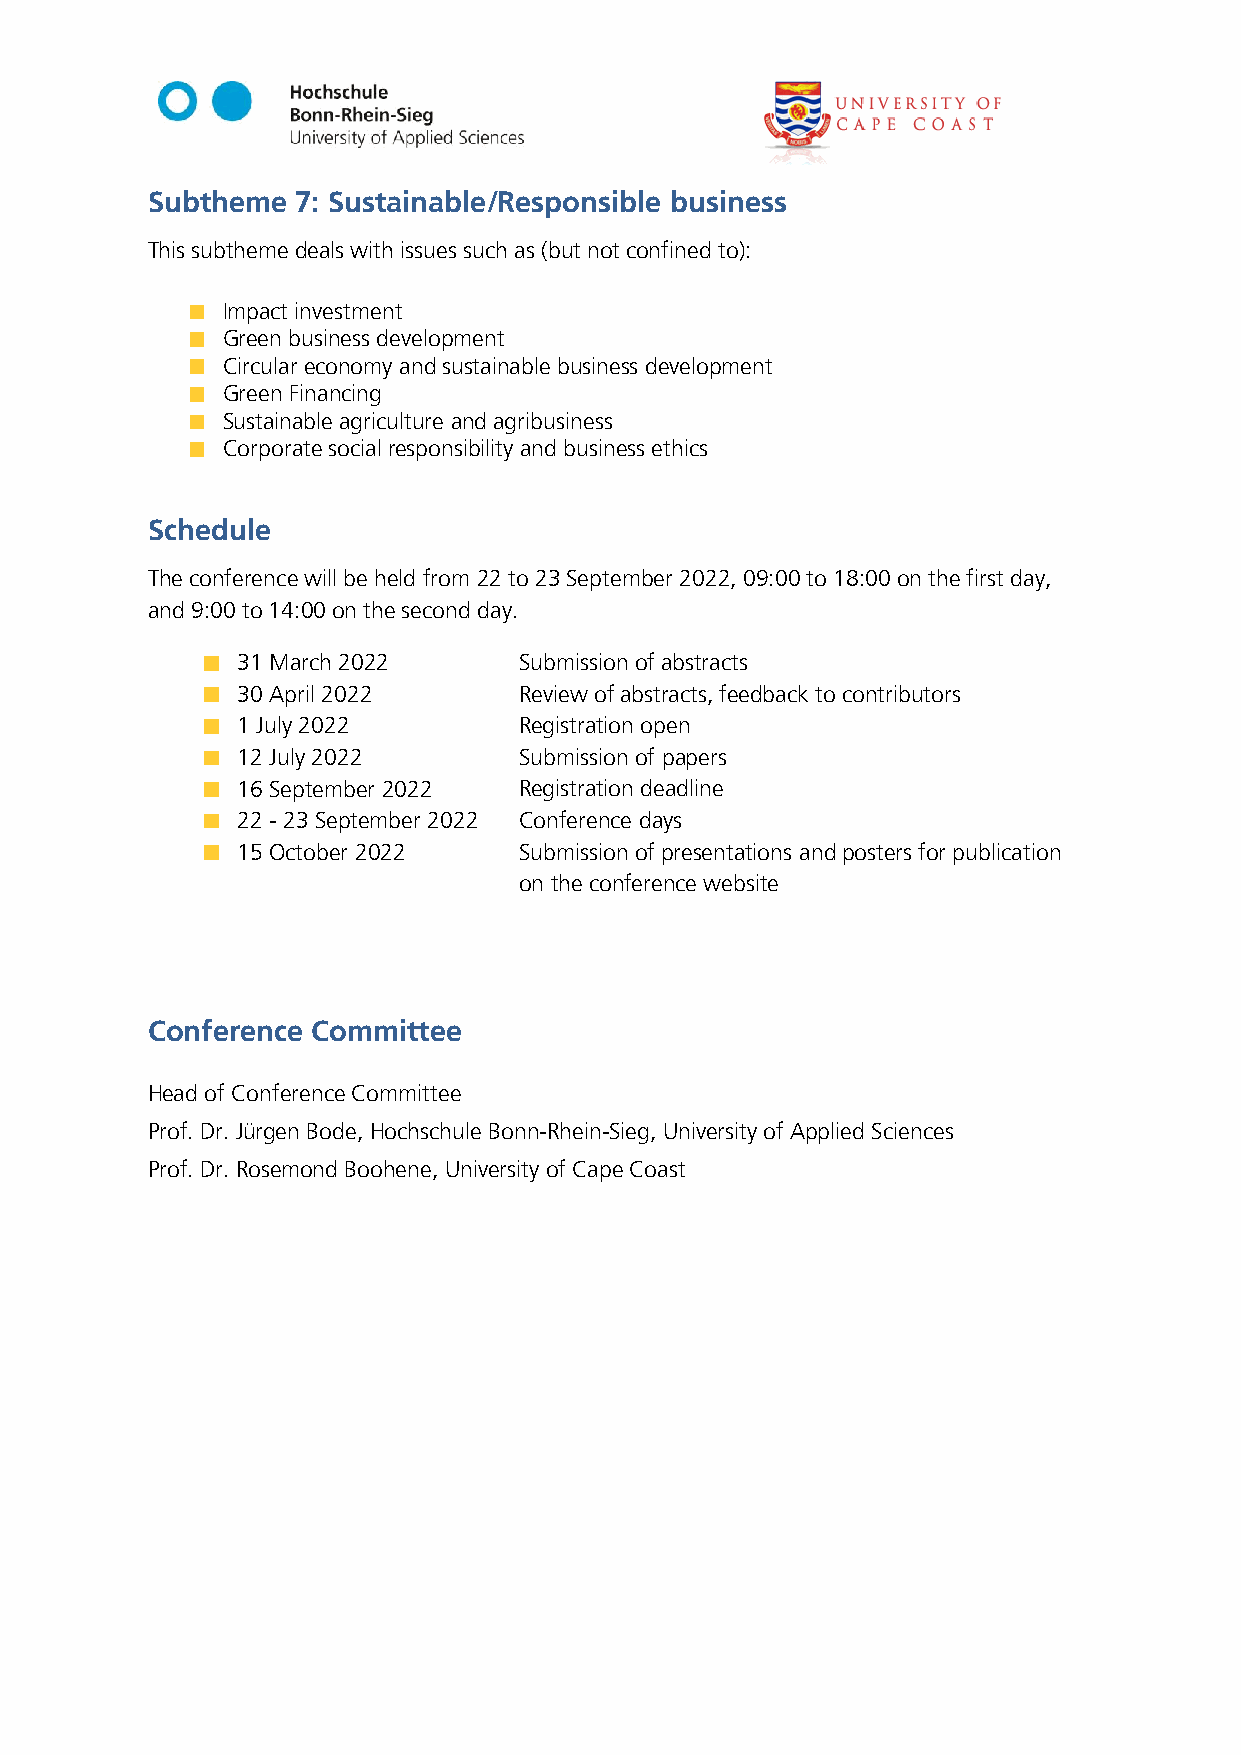
Subtheme  7: Sustainable/Responsible business
 This subtheme deals with issues such as (but not confined to):
 Impact investment
 Green business development
 Circular economy and sustainable business development
 Green Financing
 Sustainable agriculture and agribusiness
 Corporate social responsibility and business ethics
 Schedule
 The conference will be held from 22 to 23 September 2022, 09:00 to 18:00 on the first day,
 and 9:00 to 14:00 on the second day.
 31 March 2022     Submission of abstracts
 30 April 2022     Review of abstracts, feedback to contributors
 1 July 2022       Registration open
 12 July 2022      Submission of papers
 16 September 2022 Registration deadline
 22 - 23 September 2022 Conference days
 15 October 2022   Submission of presentations and posters for publication
 on the conference website
 Conference Committee
 Head of Conference Committee
 Prof. Dr. Jürgen Bode, Hochschule Bonn-Rhein-Sieg, University of Applied Sciences
 Prof. Dr. Rosemond Boohene, University of Cape Coast